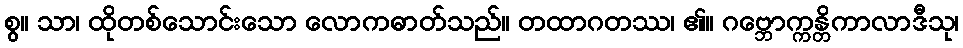
စွ။ သာ၊ ထိုတစ်သောင်းသော လောကဓာတ်သည်။ တထာဂတဿ၊ ၏။ ဂဗ္ဘောက္ကန္တိကာလာဒီသု၊